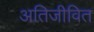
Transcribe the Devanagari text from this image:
अतिजीवित